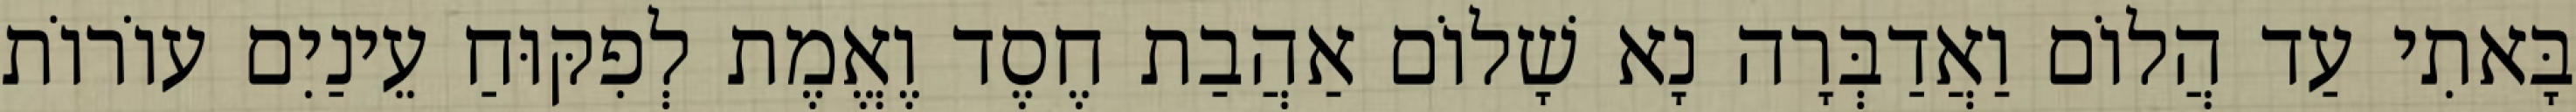
בָּאתִי עַד הֲלוֹם וַאֲדַבְּרָה נָא שָׁלוֹם אַהֲבַת חֶסֶד וֶאֱמֶת לְפִקּוּחַ עֵינַיִם עוֹרוֹת